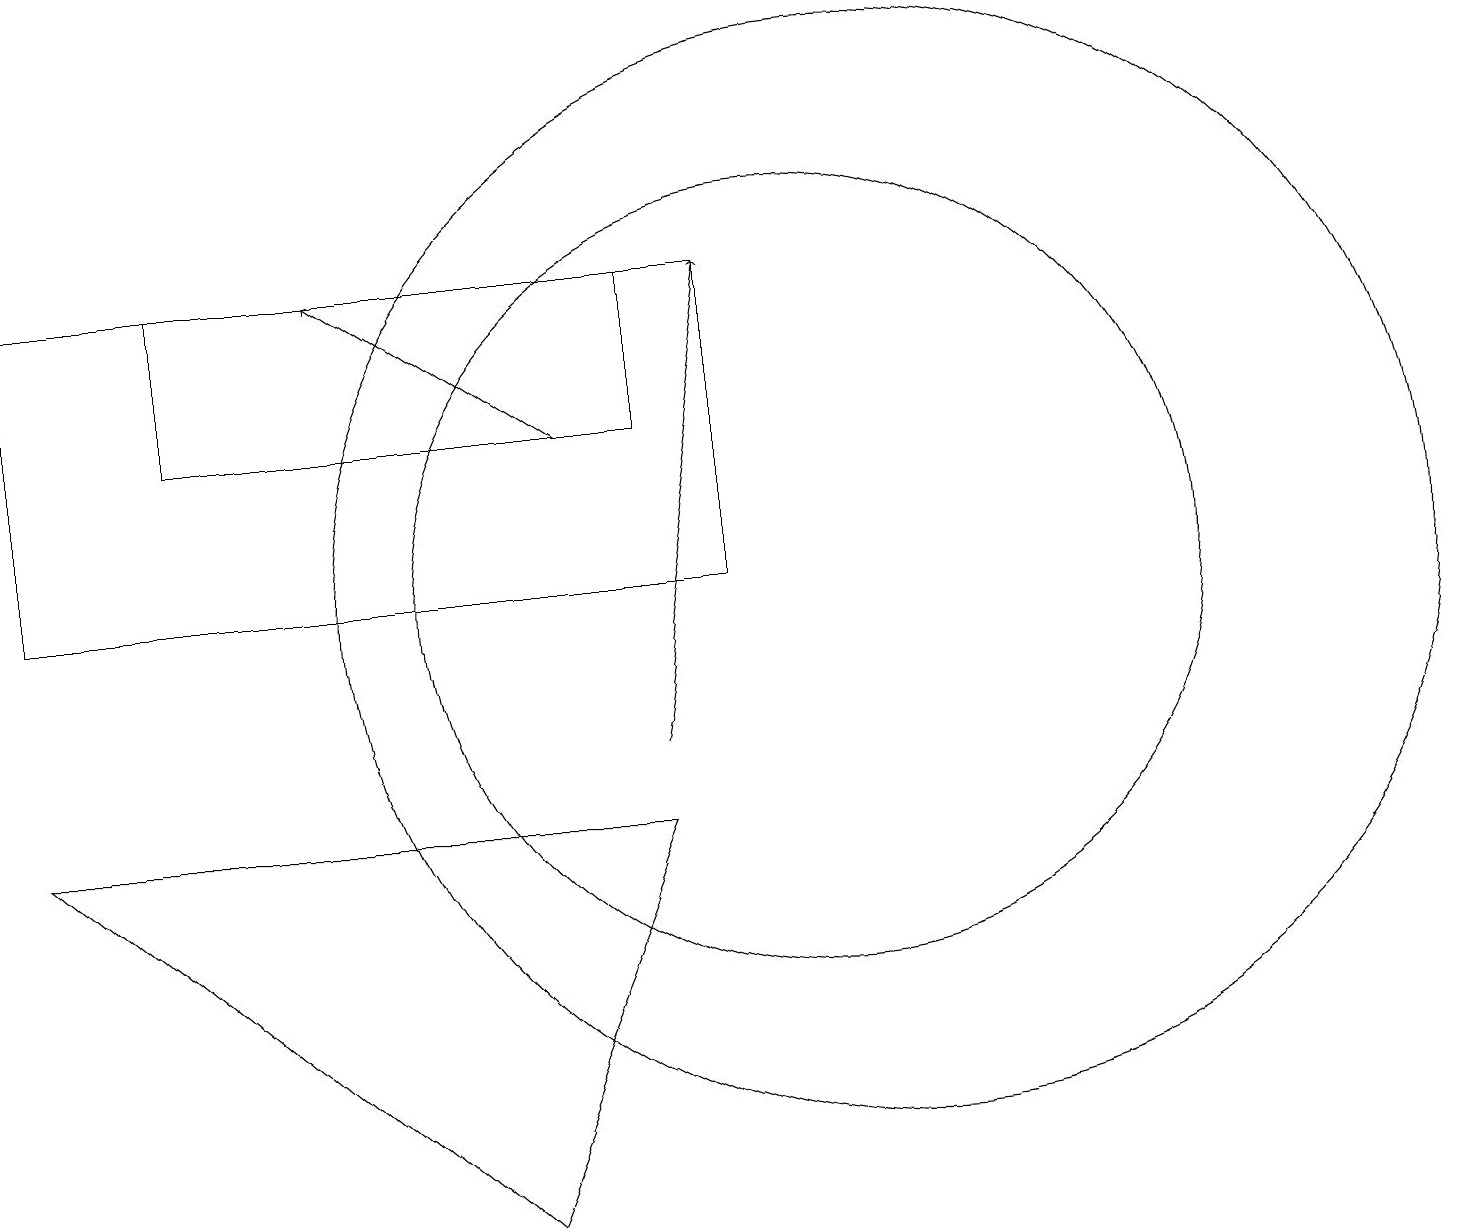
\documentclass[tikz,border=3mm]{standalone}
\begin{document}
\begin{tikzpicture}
\draw (9,16) rectangle (0,12);
\draw (10,12) circle (5);
\draw (6,4) -- (0,9) -- (8,9) -- cycle;
\draw[->] (7,14) -- (4,16);
\draw[->] (8,10) -- (9,16);
\draw (2,14) rectangle (8,16);
\draw (11,12) circle (7);
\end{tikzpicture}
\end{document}